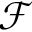
\mathcal { F }